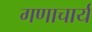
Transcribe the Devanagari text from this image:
गणाचार्य